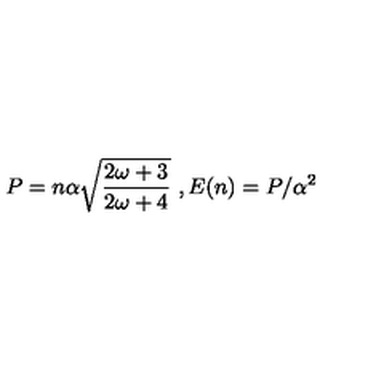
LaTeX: P = n \alpha \sqrt { \frac { 2 \omega + 3 } { 2 \omega + 4 } } \ , E ( n ) = P / \alpha ^ { 2 }